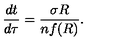
\frac { d t } { d \tau } = \frac { \sigma R } { n f ( R ) } .